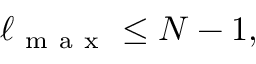
\begin{array} { r } { \ell _ { \mathrm { ~ m ~ a ~ x ~ } } \leq N - 1 , } \end{array}